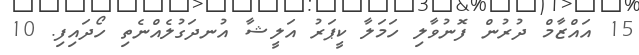
15 އައްޒާމް ދުރުން ފޮނުވާލި ހަމަލާ ކީޕަރު އަލީޝާ އުނދަގުލެއްނެތި ހޯދައިފި. 10